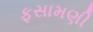
ફસામણી